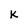
Character: K